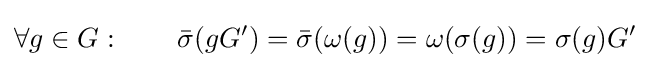
\forall g\in G:\qquad {\bar {\sigma }}(gG')={\bar {\sigma }}(\omega (g))=\omega (\sigma (g))=\sigma (g)G'